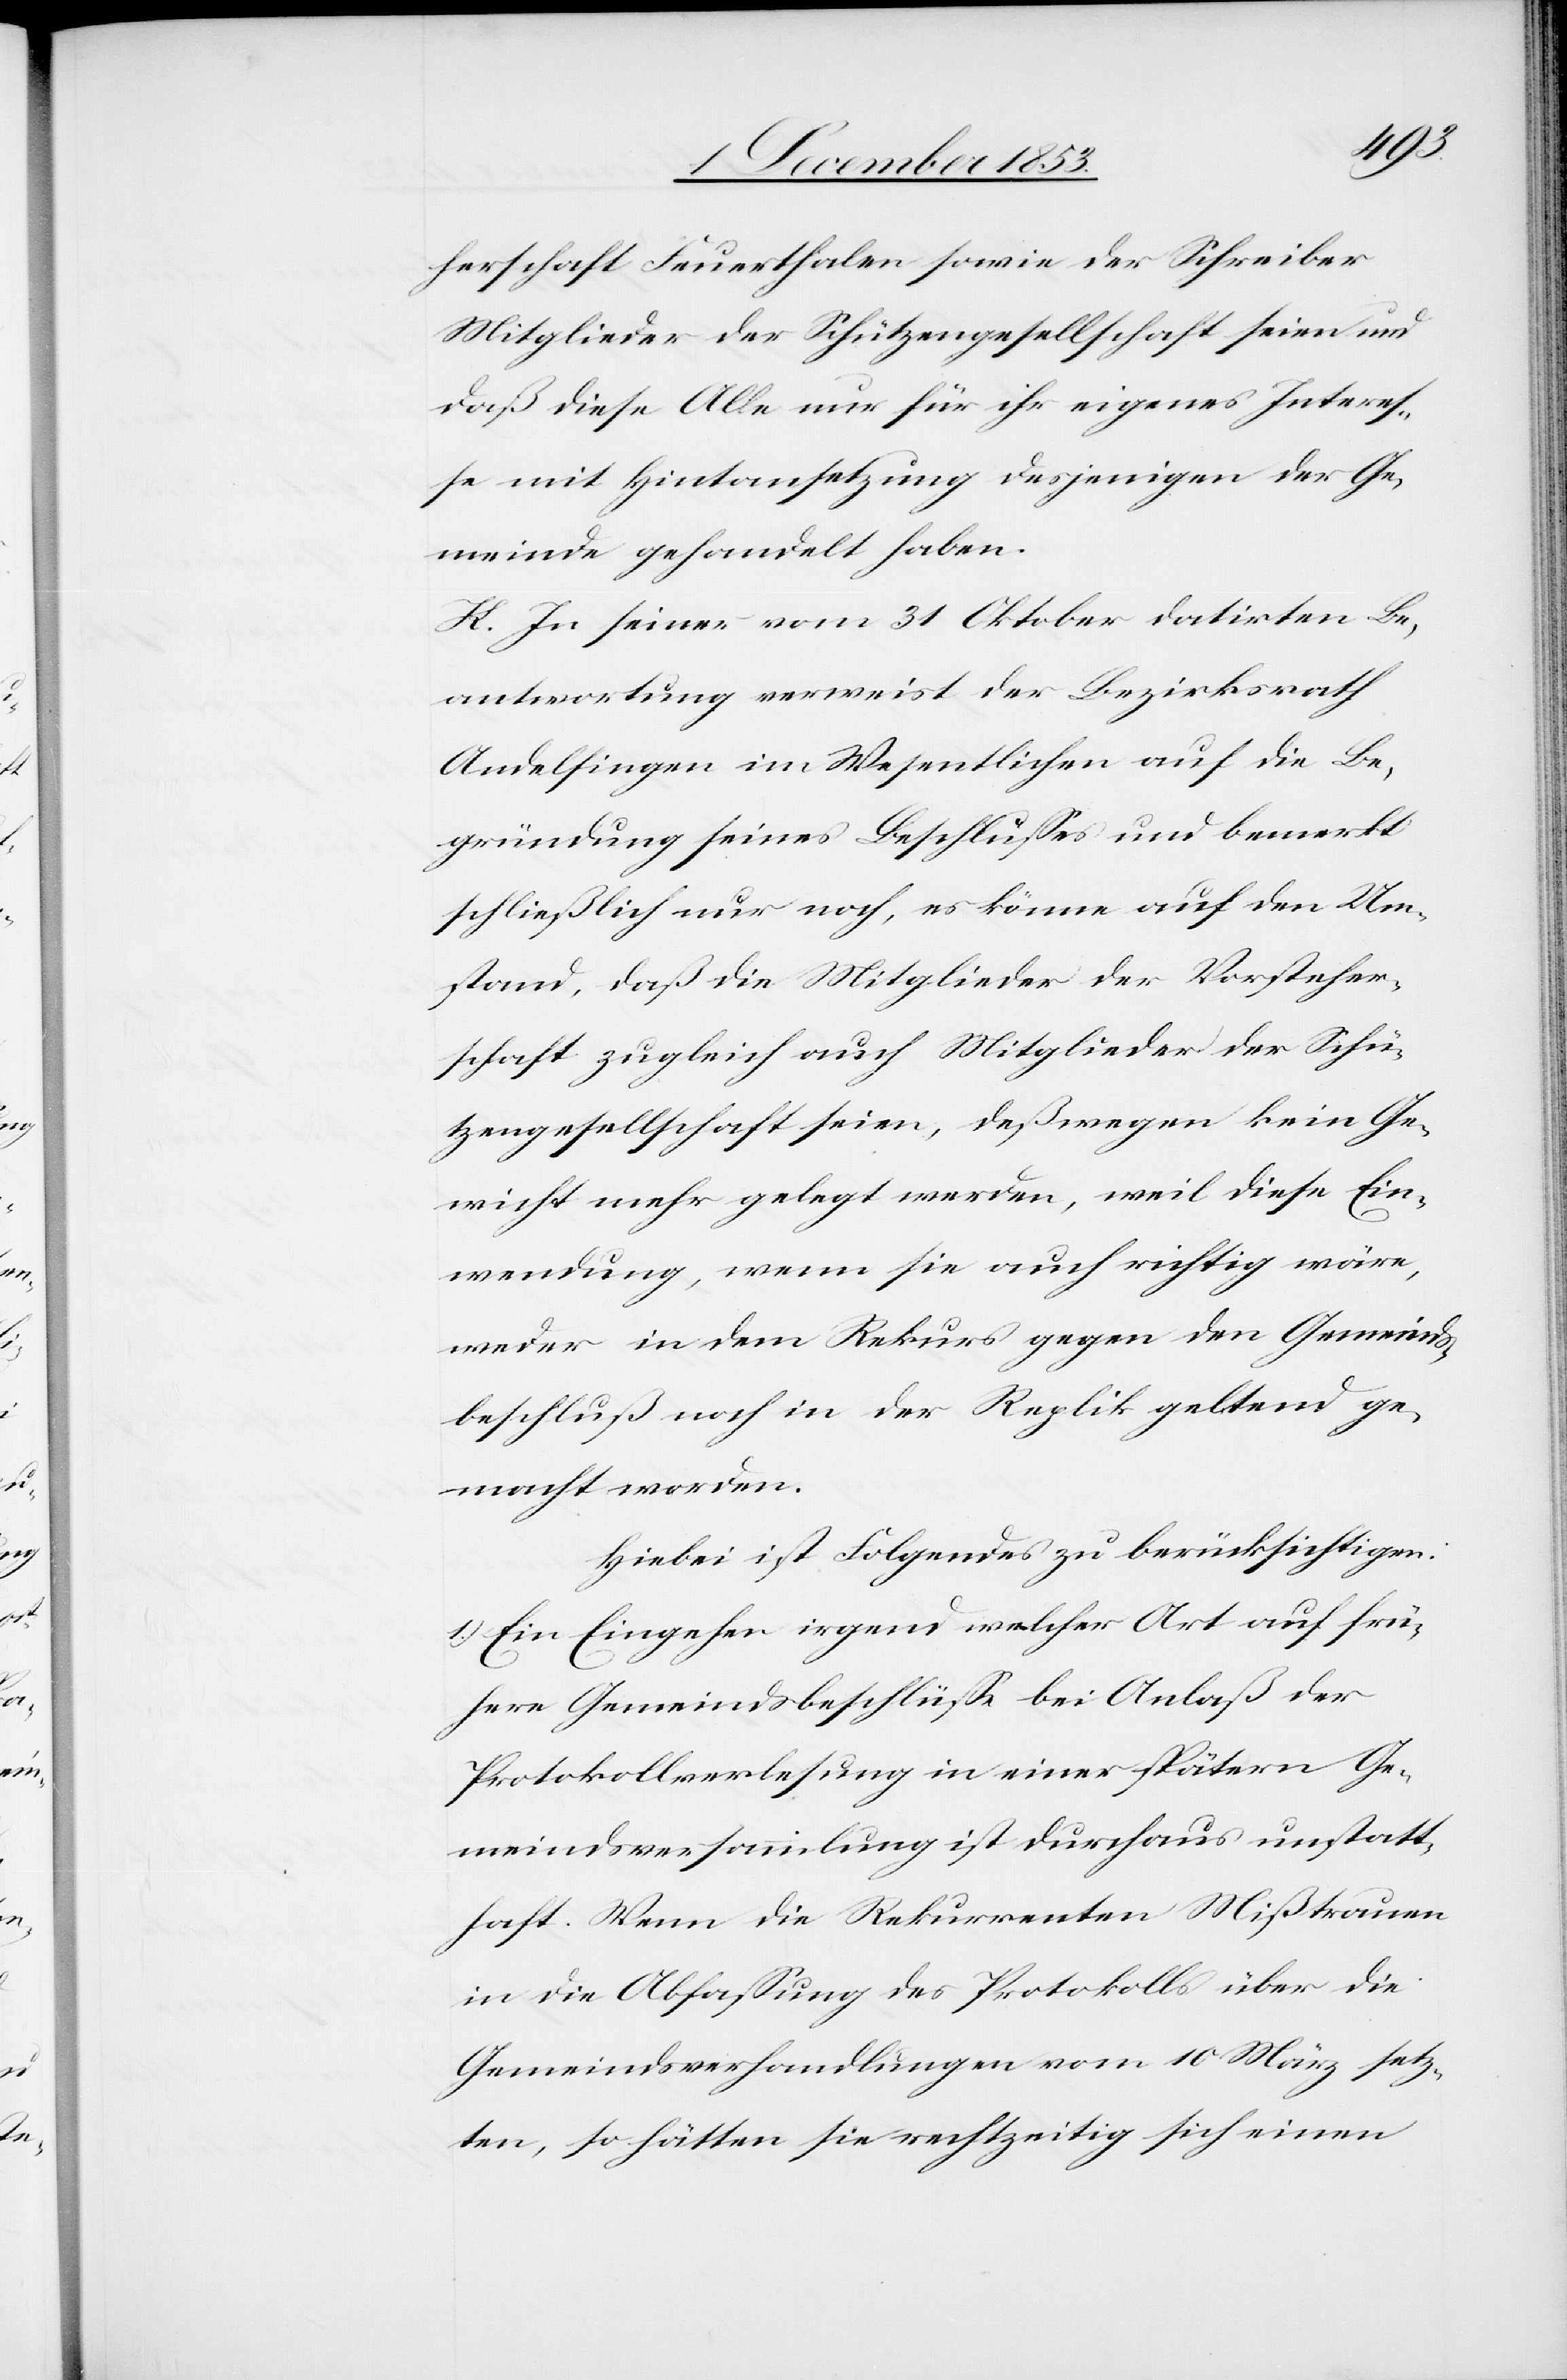
herschaft Feuerthalen sowie der Schreiber
Mitglieder der Schützengesellschaft seien und
daß diese Alle nur für ihr eigenes Intere¬
ße mit Hintansetzung derjenigen der Ge¬
meinde gehandelt haben.
K. In seiner vom 31 Oktober datirten Be¬
antwortung verweist der Bezirksrath
Andelfingen im Wesentlichen auf die Be¬
gründung seines Beschlußes und bemerkt
schließlich nur noch, es könne auf den Um¬
stand, daß die Mitglieder der Vorsteher¬
schaft zugleich auch Mitglieder der Schü¬
tzengesellschaft seien, deßwegen kein Ge¬
wicht mehr gelegt werden, weil diese Ein¬
wendung, wen sie auch richtig wäre,
weder in dem Rekurs gegen den Gemeinds¬
beschluß noch in der Replik geltend ge¬
macht worden.
Hiebei ist Folgendes zu berücksichtigen:
1.) Ein Eingehen irgend welcher Art auf frü¬
here Gemeindsbeschlüße bei Anlaß der
Protokollverlesung in einer spätern Ge¬
meindsversammlung ist durchaus unstatt¬
haft. Wenn die Rekurrenten Mißtrauen
in die Abfaßung des Protokolls über die
Gemeindsverhandlungen vom 10 März setz¬
ten, so hätten sie rechtzeitig sich einen